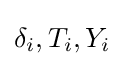
\delta _{i},T_{i},Y_{i}